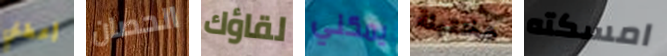
أعطني الحصان لقاؤك يمكني مختبئة امسكته